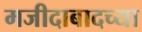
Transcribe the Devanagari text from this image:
मजीदाबादच्या